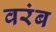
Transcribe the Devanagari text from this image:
वरंब